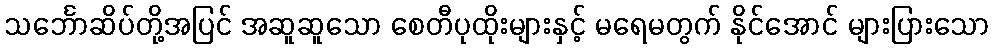
သင်္ဘောဆိပ်တို့အပြင် အဆူဆူသော စေတီပုထိုးများနှင့် မရေမတွက် နိုင်အောင် များပြားသော